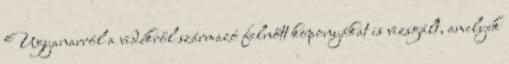
Ugyanarról a vidékről származó felnőtt koponyákat is vizsgált, amelyek